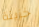
خزينة